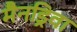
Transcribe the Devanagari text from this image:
मैनड्रिवा